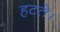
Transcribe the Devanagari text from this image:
हटते।